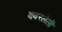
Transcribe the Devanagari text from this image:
दवरलेली